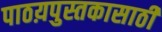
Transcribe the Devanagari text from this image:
पाठय़पुस्तकासाठी